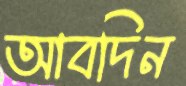
আবদিন